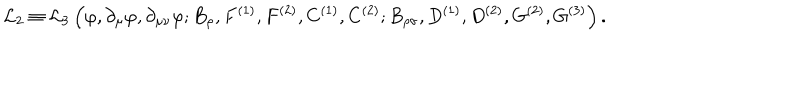
{ \cal L } _ { 2 } \equiv { \cal L } _ { 3 } \left( \varphi , \partial _ { \mu } \varphi , \partial _ { \mu \nu } \varphi ; B _ { \rho } , F ^ { ( 1 ) } , F ^ { ( 2 ) } , C ^ { ( 1 ) } , C ^ { ( 2 ) } ; B _ { \rho \sigma } , D ^ { ( 1 ) } , D ^ { ( 2 ) } , G ^ { ( 2 ) } , G ^ { ( 3 ) } \right) .